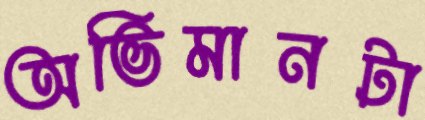
অভিমানটা